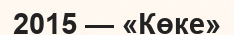
2015 — «Көке»